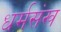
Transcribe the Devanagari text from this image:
धर्मसंख